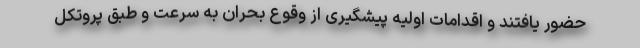
حضور یافتند و اقدامات اولیه پیشگیری از وقوع بحران به سرعت و طبق پروتکل